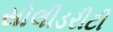
સોલીડરીટી